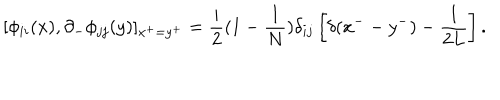
[ \phi _ { i i } ( x ) , \partial _ { - } \phi _ { j j } ( y ) ] _ { x ^ { + } = y ^ { + } } = \frac { i } { 2 } ( 1 - \frac { 1 } { N } ) \delta _ { i j } \left[ \delta ( x ^ { -- } y ^ { - } ) - \frac { 1 } { 2 L } \right] .